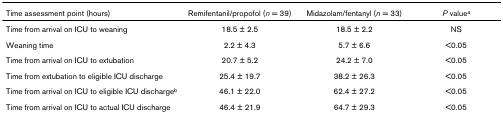
| Time assessment point (hours) | Remifentanil/propofol (n = 39) | Midazolam/fentanyl (n = 33) | P valuea |
 | --- | --- | --- | --- |
 | Time from arrival on ICU to weaning | 18.5 ± 2.5 | 18.5 ± 2.2 | NS |
 | Weaning time | 2.2 ± 4.3 | 5.7 ± 6.6 | <0.05 |
 | Time from arrival on ICU to extubation | 20.7 ± 5.2 | 24.2 ± 7.0 | <0.05 |
 | Time from extubation to eligible ICU discharge | 25.4 ± 19.7 | 38.2 ± 26.3 | <0.05 |
 | Time from arrival on ICU to eligible ICU dischargeb | 46.1 ± 22.0 | 62.4 ± 27.2 | <0.05 |
 | Time from arrival on ICU to actual ICU discharge | 46.4 ± 21.9 | 64.7 ± 29.3 | <0.05 |